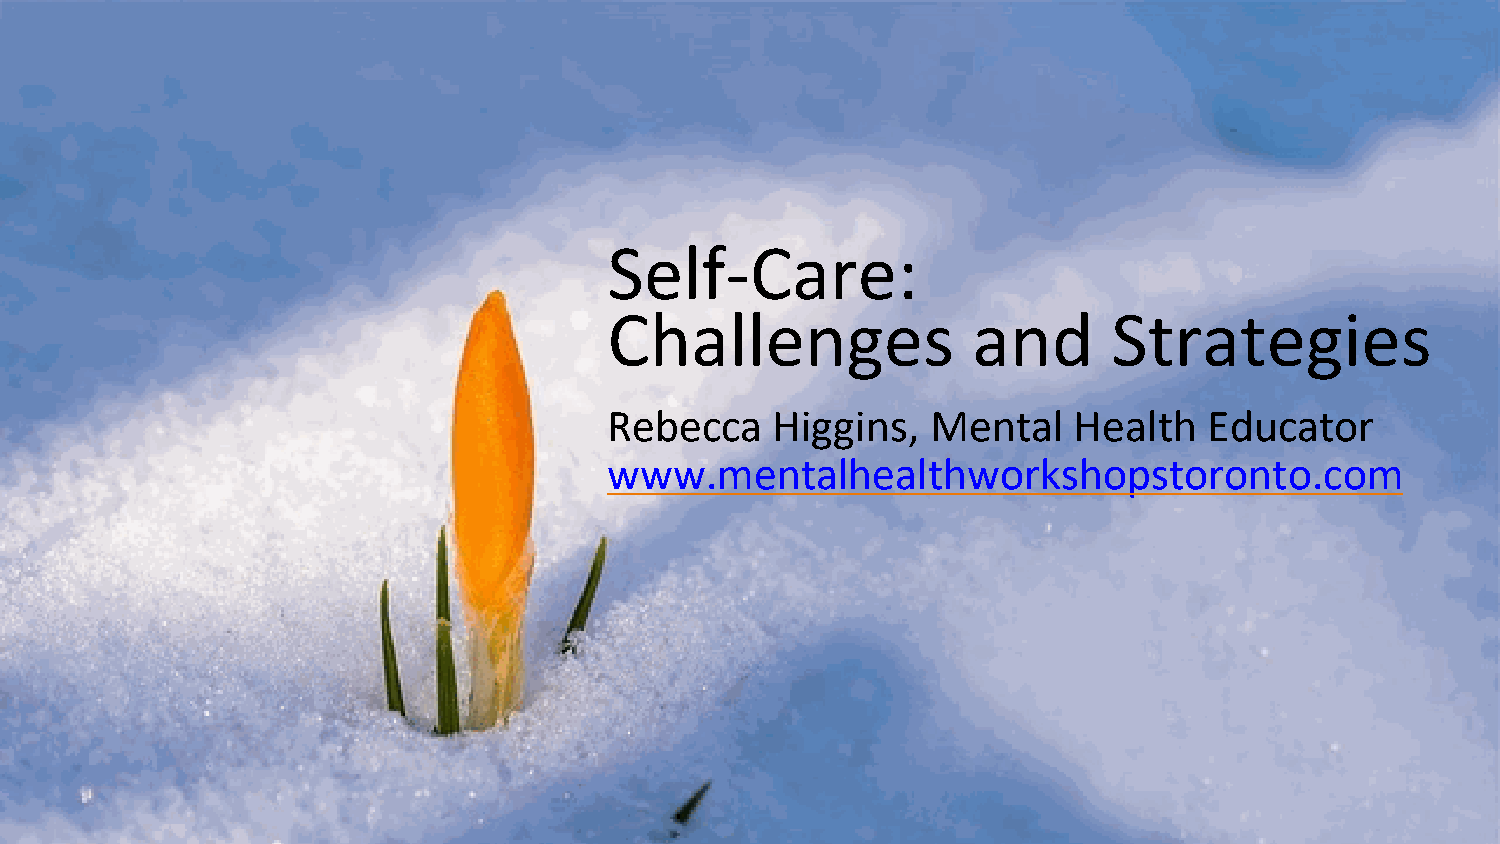
Self-Care:
 Challenges              and       Strategies
 Rebecca    Higgins,   Mental   Health   Educator
 www.mentalhealthworkshopstoronto.com